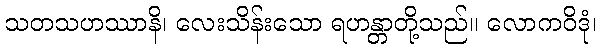
သတသဟဿာနိ၊ လေးသိန်းသော ရဟန္တာတို့သည်။ လောကဝိဒုံ၊